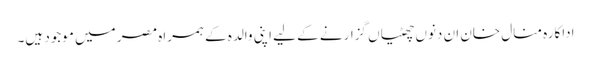
اداکارہ منال خان ان دنوں چھٹیاں گزارنے کے لیے اپنی والدہ کے ہمراہ مصر میں موجود ہیں۔